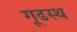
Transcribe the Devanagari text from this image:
गूढस्थ